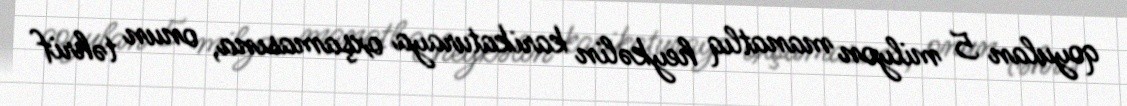
qoyulan 5 milyon manatlıq heykəlin karikaturaya oxşamasına, onun təhrif